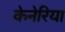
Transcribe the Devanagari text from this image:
केनेरिया